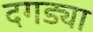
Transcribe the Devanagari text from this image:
दगड्या